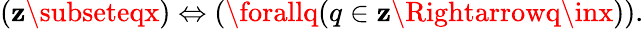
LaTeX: (\mathbf{z}\subseteqx)\Leftrightarrow(\forallq(q\in\mathbf{z}\Rightarrowq\inx)).